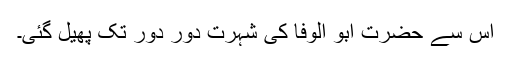
اس سے حضرت ابو الوفا کی شہرت دور دور تک پھیل گئی۔